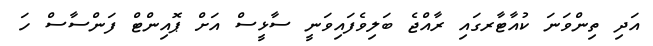
އަދި ތިންވަނަ ކުއާޓާރގައި ރާއްޖެ ބަލިވެފައިވަނީ ސާޅީސް އަށް ޕޮއިންޓް ފަންސާސް ހަ